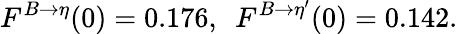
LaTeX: F^{B\to\eta}(0)=0.176,~~F^{B\to\eta^{\prime}}(0)=0.142.